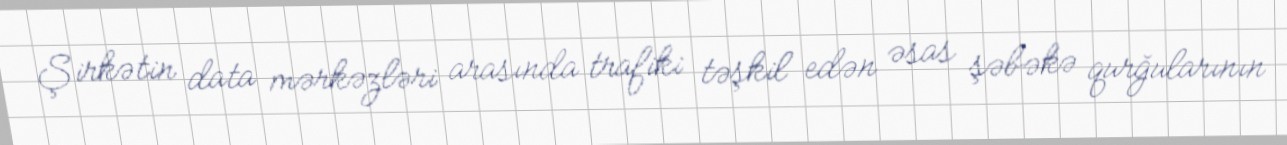
Şirkətin data mərkəzləri arasında trafiki təşkil edən əsas şəbəkə qurğularının